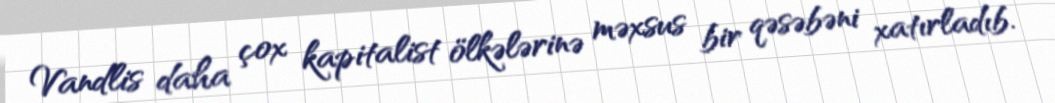
Vandlis daha çox kapitalist ölkələrinə məxsus bir qəsəbəni xatırladıb.